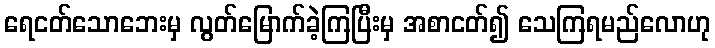
ရေငတ်သောဘေးမှ လွတ်မြောက်ခဲ့ကြပြီးမှ အစာငတ်၍ သေကြရမည်လောဟု